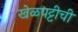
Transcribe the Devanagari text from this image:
खेळपट्टीची